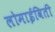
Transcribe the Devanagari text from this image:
लोमाईविती